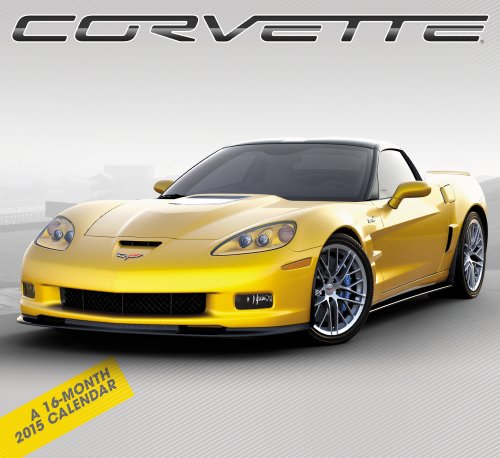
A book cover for Corvette Wall Calendar (2015); Day Dream; Calendars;